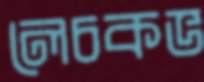
লেচকভ